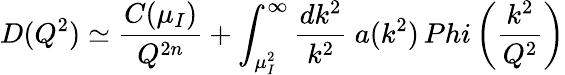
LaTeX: D(Q^{2})\simeq{\frac{C(\mu_{I})}{Q^{2n}}}+\int_{\mu_{I}^{2}}^{\infty}{\frac{dk^{2}}{k^{2}}}\ a(k^{2})\, Phi\left({\frac{k^{2}}{Q^{2}}}\right)